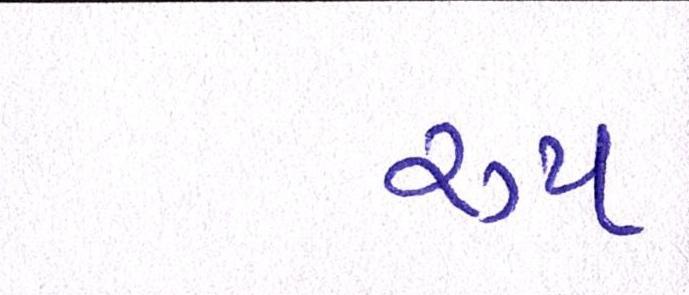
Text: રૂપ